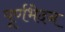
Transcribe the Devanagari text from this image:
पूर्णभेदन